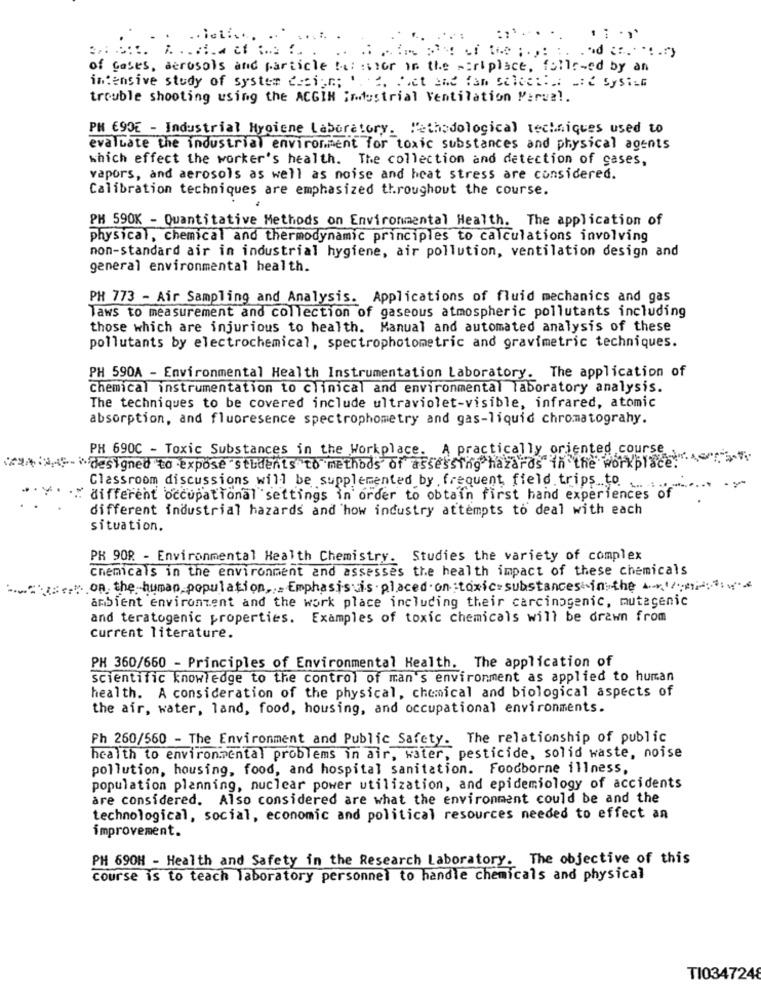
.. let :....
of Cases, aerosols and particle to: stor in the piriplace, followed by an
intensive study of system design; 2. Get and fan selected Lic System
trouble shooting using the ACGIN industrial Ventilation Merval.
PH €90E - Industrial Hygiene Laboratory. Methodological techniques used to
evaluate the industrial environment for toxic substances and physical agents
which effect the worker's health. The collection and detection of gases,
vapors, and aerosols as well as noise and heat stress are considered.
Calibration techniques are emphasized throughout the course.
PH 590K - Quantitative Methods on Environmental Health. The application of
physical, chemical and thermodynamic principles to calculations involving
non-standard air in industrial hygiene, air pollution, ventilation design and
general environmental health.
PH 773 - Air Sampling and Analysis. Applications of fluid mechanics and gas
laws to measurement and collection of gaseous atmospheric pollutants including
those which are injurious to health. Manual and automated analysis of these
pollutants by electrochemical, spectrophotometric and gravimetric techniques.
PH 590A - Environmental Health Instrumentation Laboratory. The application of
Chemical instrumentation to clinical and environmental laboratory analysis.
The techniques to be covered include ultraviolet-visible, infrared, atomic
absorption, and fluoresence spectrophometry and gas-liquid chromatograhy.
PH 690C - Toxic Substances in the Workplace. A practically oriented course
AF- designed to expose students to methods of assessing hazards in the workplace.
Classroom discussions will be supplemented by.frequent field trips to
" different occupational settings in order to obtain first hand experiences of
different industrial hazards and how industry attempts to deal with each
situation.
PR 90R - Environmental Health Chemistry. Studies the variety of complex
chemicals in the environment and assesses the health impact of these chemicals
:on the human population ,= Emphasisis placed on;toxic substances-in the;
ambient environment and the work place including their carcinogenic, mutagenic
and teratogenic properties. Examples of toxic chemicals will be drawn from
Current literature.
PH 360/660 - Principles of Environmental Health. The application of
scientific knowledge to the control of man's environment as applied to human
health. A consideration of the physical, chemical and biological aspects of
the air, water, land, food, housing, and occupational environments.
Ph 260/560 - The Environment and Public Safety. The relationship of public
health to environmental problems in air, water, pesticide, solid waste, noise
pollution, housing, food, and hospital sanitation. Foodborne illness,
population planning, nuclear power utilization, and epidemiology of accidents
are considered. Also considered are what the environment could be and the
technological, social, economic and political resources needed to effect an
improvement.
PH 690H - Health and Safety in the Research Laboratory. The objective of this
course is to teach laboratory personnel to handle chemicals and physical
TI0347248